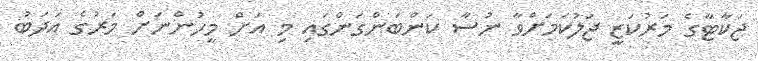
ޖަކާޓާގެ މަރުކަޒީ ޖަލުކަމަށްވާ ނުސާ ކަންބަންގަންގައި މި އަށް މީހުންނަށް މަރުގެ އަދަބު